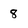
Character: 8